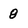
Character: 8